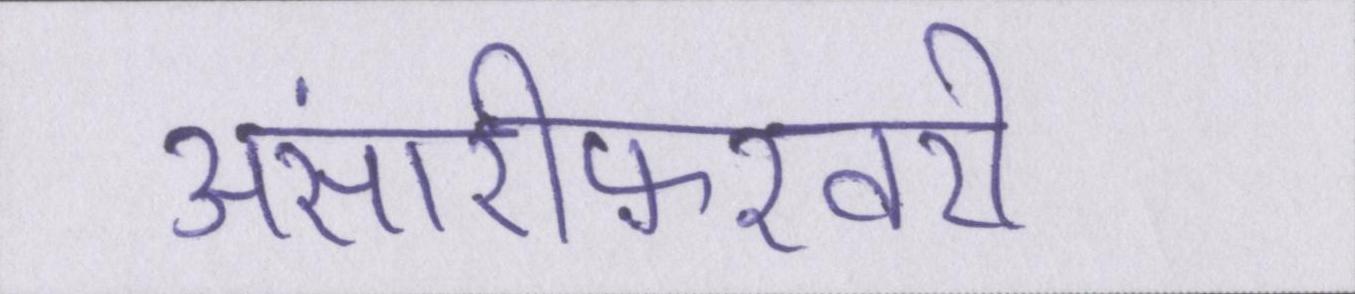
अंसारीफ़रवरी